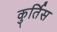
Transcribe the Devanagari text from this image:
कुर्तिस